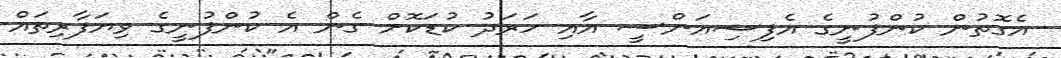
އެގޮތުން ކުންފުނީގެ އެފިޝިއަންސީ އާއި ހަރަދު ކުޑަކޮށް ގެން އެ ކުންފުނީގެ ވިޔަފާރިތައް